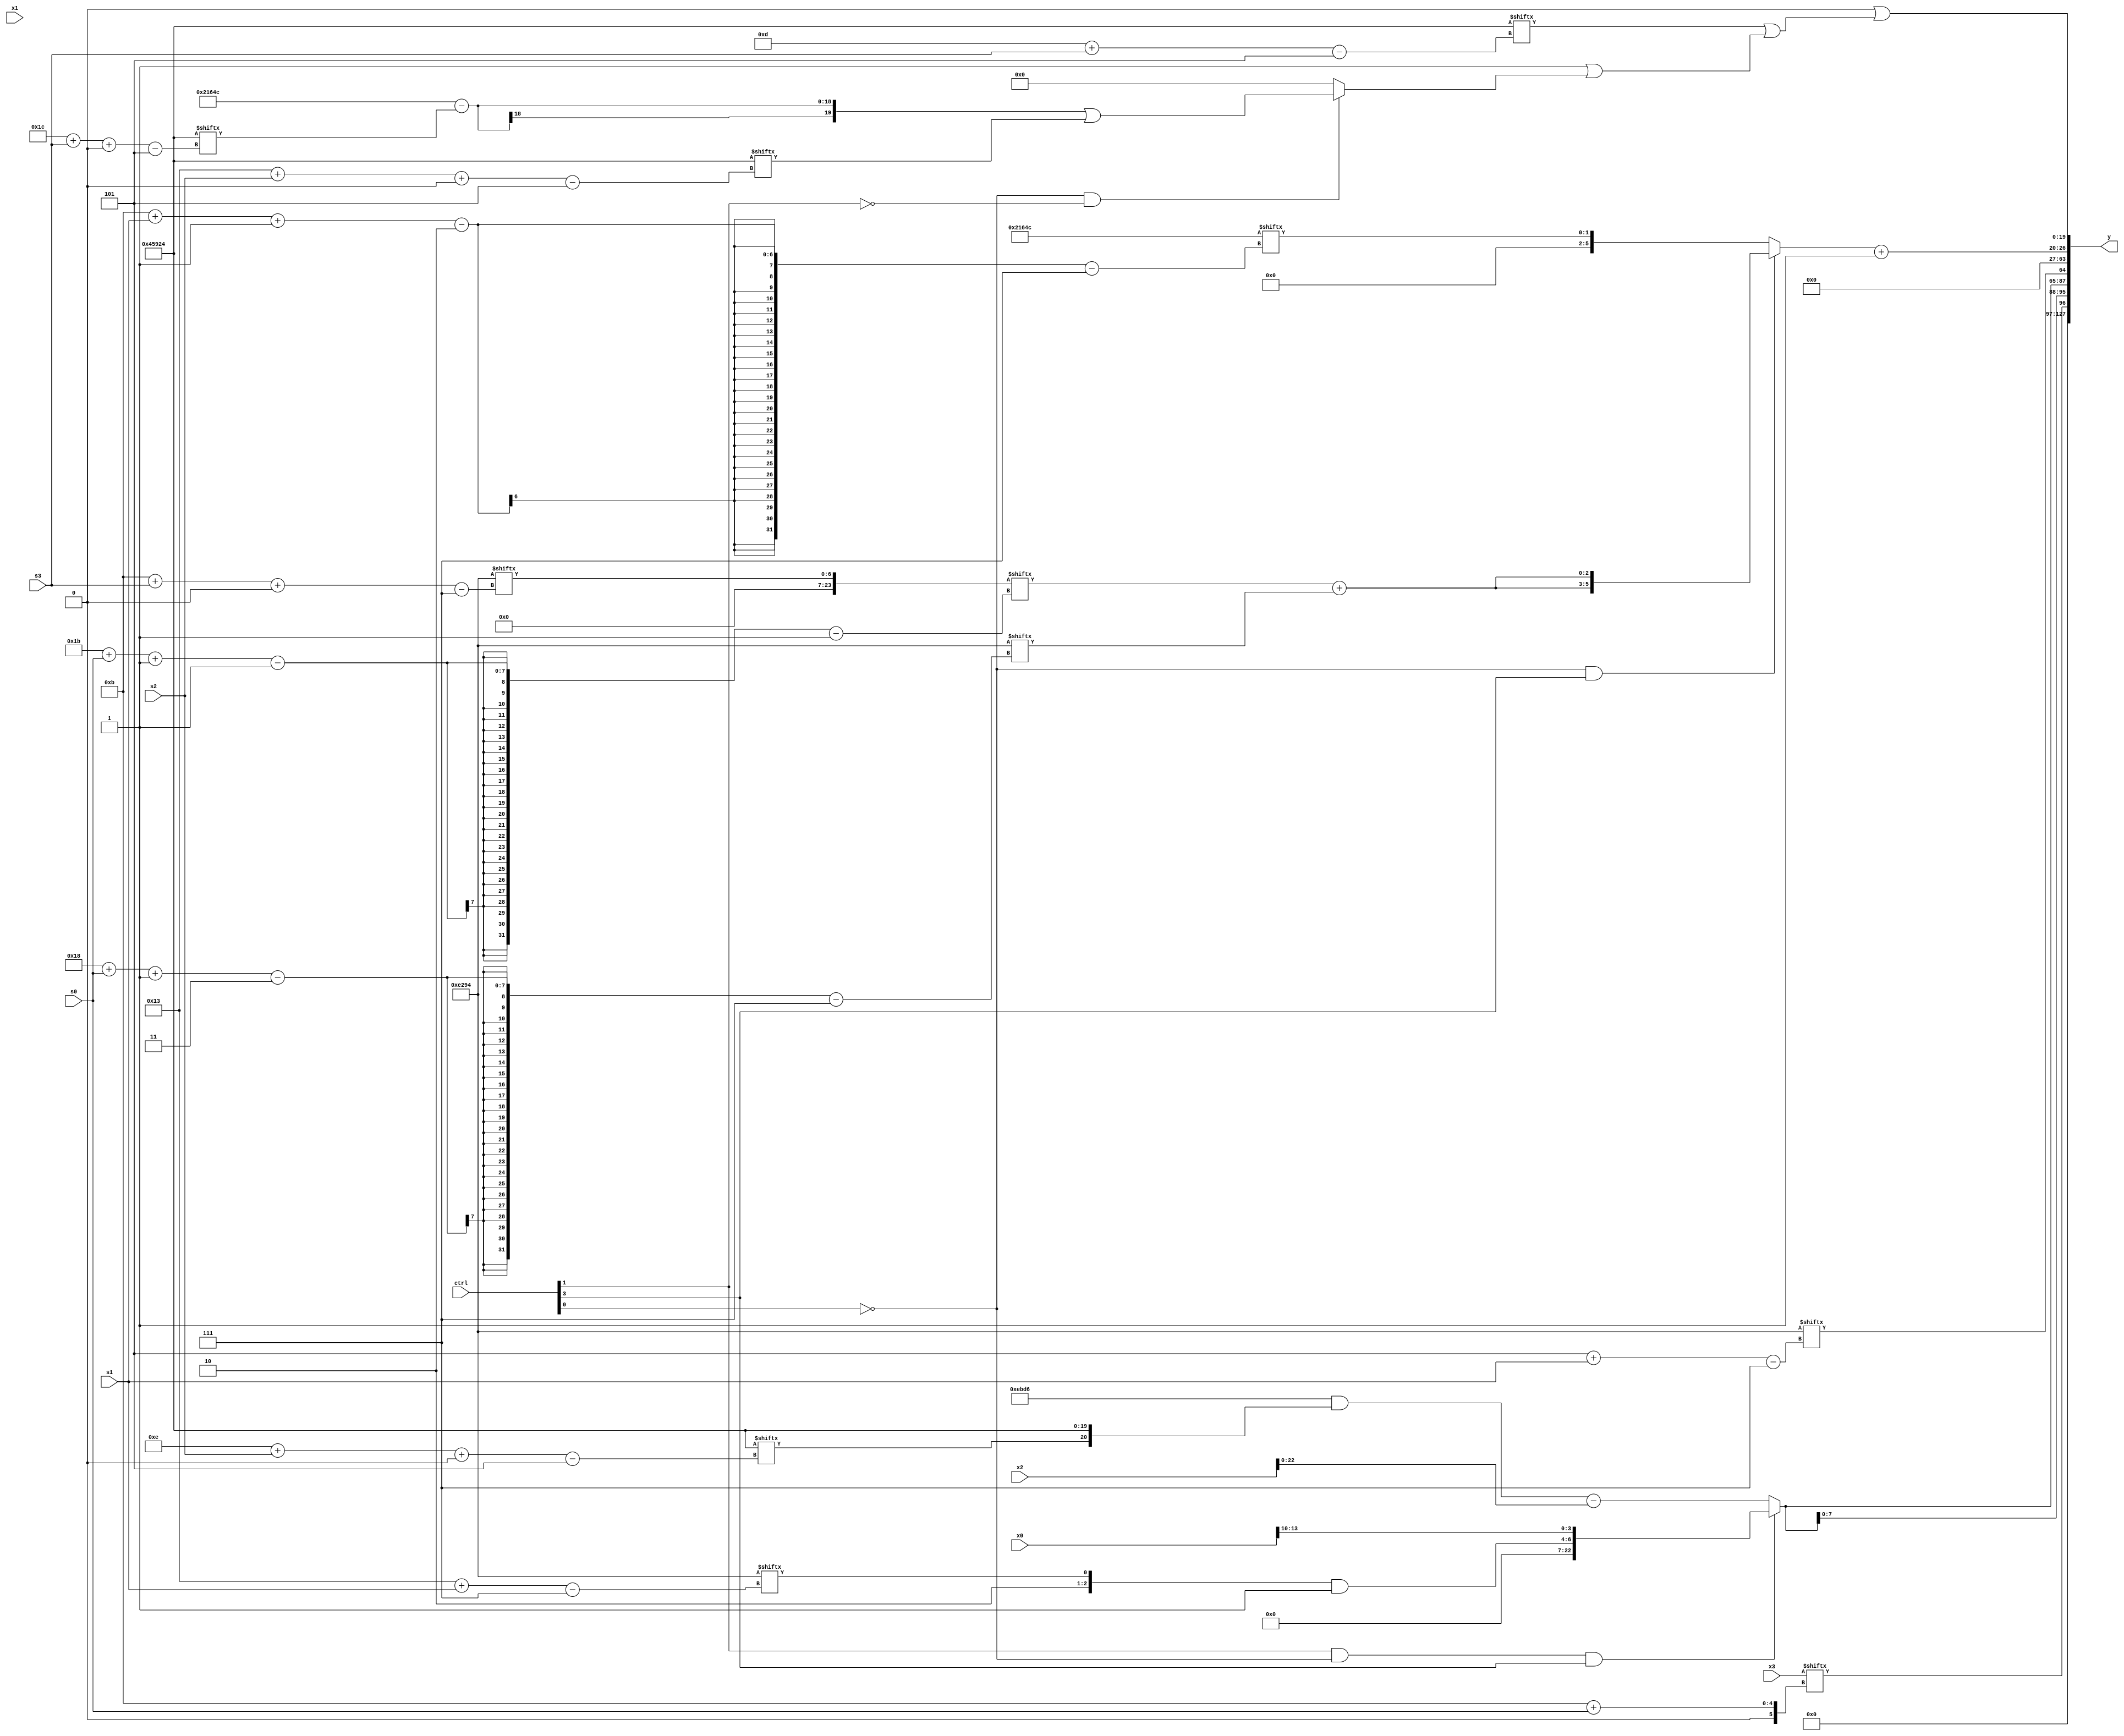
module partsel_00068(ctrl, s0, s1, s2, s3, x0, x1, x2, x3, y);
  input [3:0] ctrl;
  input [2:0] s0;
  input [2:0] s1;
  input [2:0] s2;
  input [2:0] s3;
  input signed [31:0] x0;
  input signed [31:0] x1;
  input [31:0] x2;
  input [31:0] x3;
  wire [27:2] x4;
  wire signed [5:27] x5;
  wire [30:7] x6;
  wire signed [27:1] x7;
  wire [28:4] x8;
  wire signed [29:5] x9;
  wire signed [28:3] x10;
  wire signed [25:3] x11;
  wire [24:1] x12;
  wire signed [5:30] x13;
  wire [1:24] x14;
  wire [30:0] x15;
  output [127:0] y;
  wire [31:0] y0;
  wire [31:0] y1;
  wire signed [31:0] y2;
  wire signed [31:0] y3;
  assign y = {y0,y1,y2,y3};
  localparam [26:7] p0 = 636622412;
  localparam signed [29:7] p1 = 444654228;
  localparam [25:7] p2 = 341095154;
  localparam [24:5] p3 = 935614756;
  assign x4 = p2[9 +: 1];
  assign x5 = {p0[18 +: 4], (ctrl[1] && !ctrl[0] && ctrl[3] ? {({p2[22 -: 2], p1[19 + s1]} & p3[21 -: 3]), x0[10 +: 4]} : (((p2 ^ p3) & {p3[14 + s2 +: 1], p3}) - x2))};
  assign x6 = (ctrl[3] || !ctrl[3] && !ctrl[0] ? p3[18 -: 4] : (!ctrl[1] || ctrl[2] && !ctrl[1] ? p2[20] : x3[17 -: 1]));
  assign x7 = x4[9];
  assign x8 = p0[10];
  assign x9 = ({p2[22 + s0 +: 5], p3} ^ p1);
  assign x10 = ((!ctrl[2] || ctrl[1] || !ctrl[3] ? x8[19] : x5[14 + s0 -: 4]) + p2[23]);
  assign x11 = {x9[14], {2{(ctrl[3] || ctrl[1] && !ctrl[0] ? p2[11 + s2 +: 5] : p2[22 -: 2])}}};
  assign x12 = p1[11 + s3 +: 7];
  assign x13 = ((!ctrl[0] && !ctrl[0] && ctrl[3] ? {2{(x12[27 + s0 -: 1] + p1[24 + s0 -: 3])}} : p0[11 + s1 -: 2]) + p3[19 +: 3]);
  assign x14 = x13[0 + s0 +: 2];
  assign x15 = x4;
  assign y0 = x3[11 + s0];
  assign y1 = {2{{{2{x5}}, p1[5 + s1]}}};
  assign y2 = x11[19 -: 4];
  assign y3 = {x13, ({2{x4[18 +: 3]}} | (p3[13 + s3] | ((x12[18 -: 2] ^ p1[22]) | (!ctrl[0] && !ctrl[0] && !ctrl[1] ? ((p0 - p3[28 + s3 +: 4]) | p3[19 + s2 +: 8]) : p0[12]))))};
endmodule